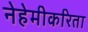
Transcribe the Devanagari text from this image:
नेहेमीकरिता